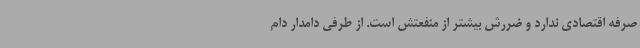
صرفه اقتصادی ندارد و ضررش بیشتر از منفعتش است. از طرفی دامدار دام